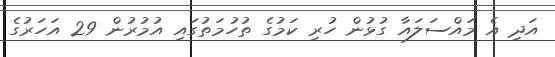
އަދި އެ މައްސަލައާ ގުޅުން ހުރި ކަމުގެ ތުހުމަތުގައި އުމުރުން 29 އަހަރުގެ